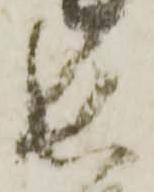
長